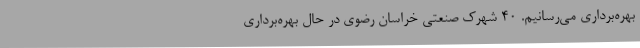
بهره‌برداری می‌رسانیم. 40 شهرک صنعتی خراسان رضوی در حال بهره‌برداری